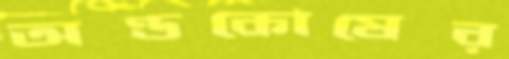
অণ্ডকোষের